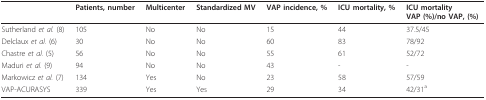
|  | Patients, number | Multicenter | Standardized MV | VAP incidence, % | ICU mortality, % | ICU mortalityVAP (%)/no VAP, (%) |
 | --- | --- | --- | --- | --- | --- | --- |
 | Sutherland et al. (8) | 105 | No | No | 15 | 44 | 37.5/45 |
 | Delclaux et al. (6) | 30 | No | No | 60 | 83 | 78/92 |
 | Chastre et al. (5) | 56 | No | No | 55 | 61 | 52/72 |
 | Maduri et al. (9) | 94 | No | No | 43 | - | - |
 | Markowicz et al. (7) | 134 | Yes | No | 23 | 58 | 57/59 |
 | VAP-ACURASYS | 339 | Yes | Yes | 29 | 34 | 42/31a |